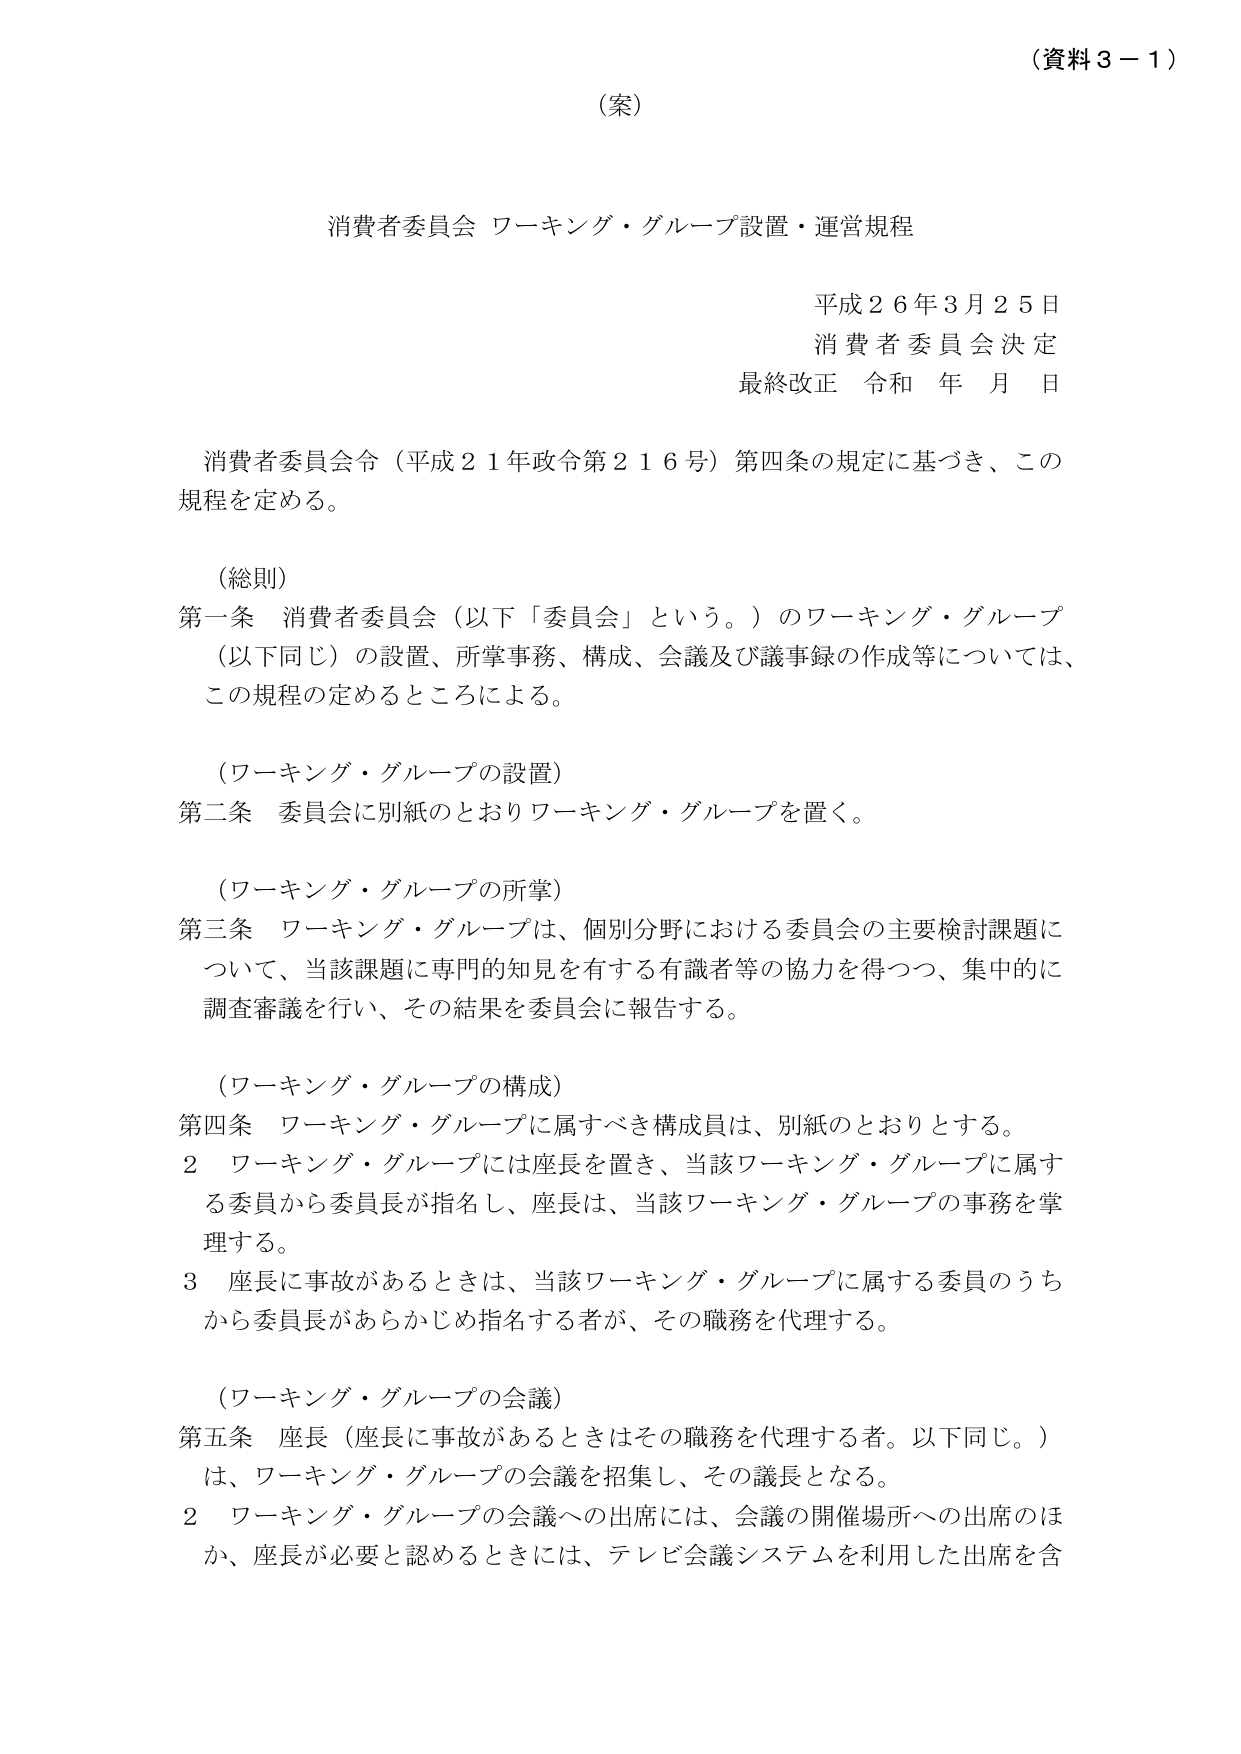
（資料３－１）

（案）

消費者委員会 ワーキング・グループ設置・運営規程

平成２６年３月２５日
消費者委員会決定
最終改正 令和 年 月 日

消費者委員会令（平成２１年政令第２１６号）第四条の規定に基づき、この規程を定める。

（総則）
第一条 消費者委員会（以下「委員会」という。）のワーキング・グループ（以下同じ）の設置、所掌事務、構成、会議及び議事録の作成等については、この規程の定めるところによる。

（ワーキング・グループの設置）
第二条 委員会に別紙のとおりワーキング・グループを置く。

（ワーキング・グループの所掌）
第三条 ワーキング・グループは、個別分野における委員会の主要検討課題について、当該課題に専門的知見を有する有識者等の協力を得つつ、集中的に調査審議を行い、その結果を委員会に報告する。

（ワーキング・グループの構成）
第四条 ワーキング・グループに属すべき構成員は、別紙のとおりとする。
２ ワーキング・グループには座長を置き、当該ワーキング・グループに属する委員から委員長が指名し、座長は、当該ワーキング・グループの事務を掌理する。
３ 座長に事故があるときは、当該ワーキング・グループに属する委員のうちから委員長があらかじめ指名する者が、その職務を代理する。

（ワーキング・グループの会議）
第五条 座長（座長に事故があるときはその職務を代理する者。以下同じ。）は、ワーキング・グループの会議を招集し、その議長となる。
２ ワーキング・グループの会議への出席には、会議の開催場所への出席のほか、座長が必要と認めるときには、テレビ会議システムを利用した出席を含